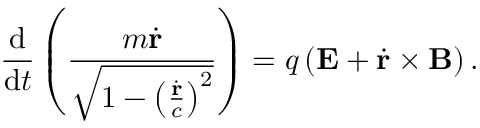
{ \frac { \mathrm { d } } { \mathrm { d } t } } \left( { \frac { m { \dot { \mathbf { r } } } } { \sqrt { 1 - \left( { \frac { \dot { \mathbf { r } } } { c } } \right) ^ { 2 } } } } \right) = q \left( \mathbf { E } + { \dot { \mathbf { r } } } \times \mathbf { B } \right) . \,